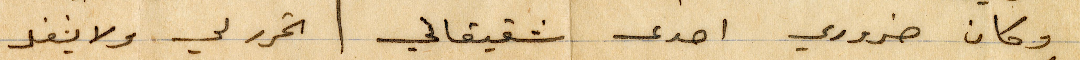
وكان ضروري احدى شقيقاتي تحرر لي ولا يشغل